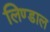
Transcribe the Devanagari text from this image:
लिण्डाल